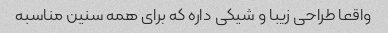
واقعا طراحی زیبا و شیکی داره که برای همه سنین مناسبه